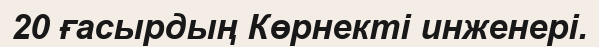
20 ғасырдың Көрнекті инженері.